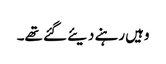
وہیں رہنے دیئے گئے تھے۔